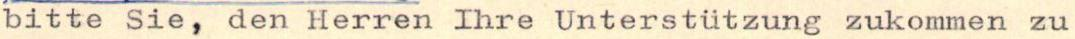
bitte Sie, den Herren Ihre Unterstützung zukommen zu